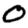
Digit: 0